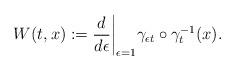
LaTeX: \begin{align*}W(t,x):=\frac{d}{d\epsilon}\bigg|_{\epsilon=1} \gamma_{\epsilon t}\circ \gamma_t^{-1}(x).\end{align*}